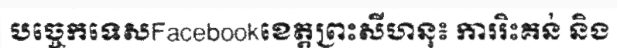
បច្ចេកទេសFacebookខេត្តព្រះសីហនុ៖ ការរិះគន់ និង